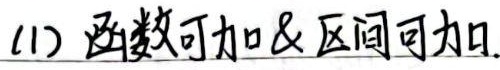
(1) 函数可加&区间可加.